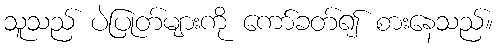
သူသည် ပဲပြုတ်များကို ကော်ခတ်၍ စားနေသည်။